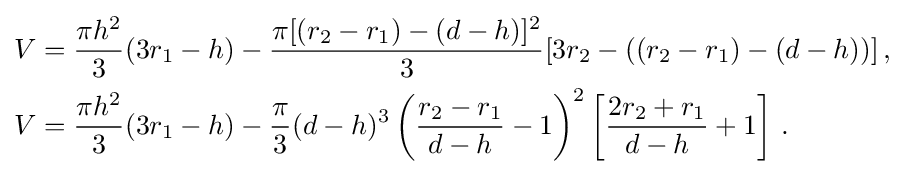
{\begin{aligned}V&={\frac {\pi h^{2}}{3}}(3r_{1}-h)-{\frac {\pi [(r_{2}-r_{1})-(d-h)]^{2}}{3}}[3r_{2}-((r_{2}-r_{1})-(d-h))]\,,\\V&={\frac {\pi h^{2}}{3}}(3r_{1}-h)-{\frac {\pi }{3}}(d-h)^{3}\left({\frac {r_{2}-r_{1}}{d-h}}-1\right)^{2}\left[{\frac {2r_{2}+r_{1}}{d-h}}+1\right]\,.\end{aligned}}